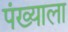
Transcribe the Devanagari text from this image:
पंख्याला